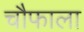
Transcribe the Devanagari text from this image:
चौफाला